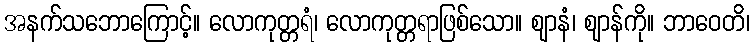
အနက်သဘောကြောင့်။ လောကုတ္တရံ၊ လောကုတ္တရာဖြစ်သော။ ဈာနံ၊ ဈာန်ကို။ ဘာဝေတိ၊